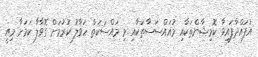
އުފައްދާފައިވާ ކޮމިޝާންތަކާއި މުއައްސަސާތަކާއި މި މައްސަކަތް ހަވާލު ކުރުމަށް ގޮވާލާ ކަމަށާ މިއީ